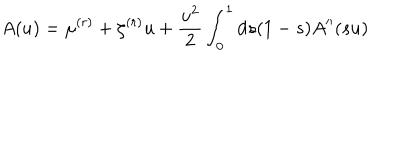
A ( u ) = \mu ^ { ( r ) } + \zeta ^ { ( r ) } u + \frac { u ^ { 2 } } { 2 } \int _ { 0 } ^ { 1 } \mathrm { d } s ( 1 - s ) A ^ { \prime \prime } ( s u )